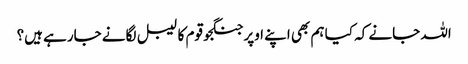
اللہ جانے کہ کیا ہم بھی اپنے اوپر جنگجو قوم کا لیبل لگانے جارہے ہیں؟